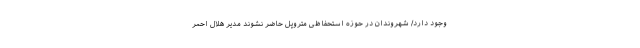
وجود دارد/ شهروندان در حوزه استحفاظی متروپل حاضر نشوند مدیر هلال احمر